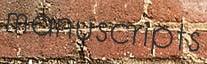
manuscripts